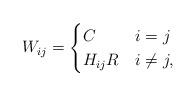
LaTeX: \begin{align*}W_{ij} & =\begin{cases}C & i=j \\ H_{ij}R & i \neq j,\end{cases}\end{align*}